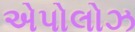
એપોલોઝ